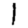
Digit: 1